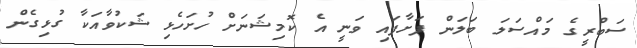
ސަބްރީގެ މައްސަލަ ބަލަން ފަށާފައި ވަނީ އެ ކޮމިޝަނަށް ހުށަހެޅި ޝަކުވާއަކާ ގުޅިގެން